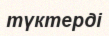
түктерді